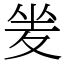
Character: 夎